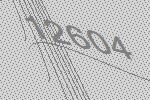
12604